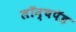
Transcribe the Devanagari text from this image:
लॉन्चपॅड